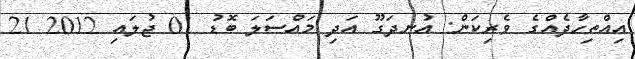
އިއްތިހާދެއްގެ ވެރިކަން: އުނދަގޫ އަދި މައްސަލަ ބޮޑު 01 ޖުލައި 2012 21